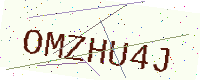
Text: OMZHU4J